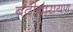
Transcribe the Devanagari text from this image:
बदीनारायण